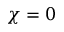
\chi = 0